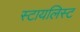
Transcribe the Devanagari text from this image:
स्टायलिस्ट